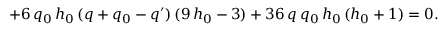
+ 6 \, q _ { 0 } \, h _ { 0 } \, ( q + q _ { 0 } - q ^ { \prime } ) \, ( 9 \, h _ { 0 } - 3 ) + 3 6 \, q \, q _ { 0 } \, h _ { 0 } \, ( h _ { 0 } + 1 ) = 0 .